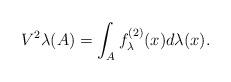
LaTeX: \begin{align*}V^2\lambda(A)=\int_Af_\lambda^{(2)}(x)d\lambda(x).\end{align*}